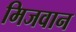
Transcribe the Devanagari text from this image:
मिजवान